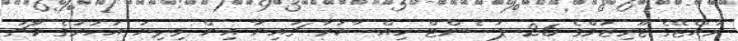
ރާއްޖޭގެ ޓޫރިޒަމްގެ 26 ޕަސެންޓް ހިއްސާކުރާ ޗައިނާ އިން މިދިޔަ އަހަރުގެ މާޗު